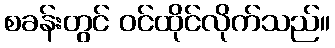
စခန်းတွင် ဝင်ထိုင်လိုက်သည်။